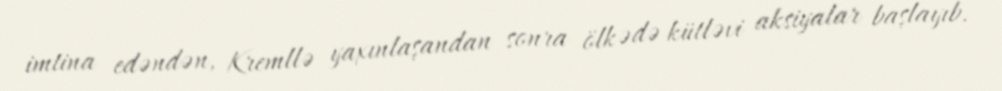
imtina edəndən, Kremllə yaxınlaşandan sonra ölkədə kütləvi aksiyalar başlayıb.